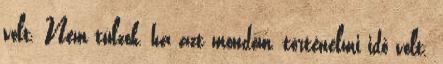
volt. Nem túlzok, ha azt mondom, történelmi idő volt.